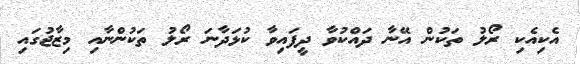
އެކިއެކި ރޯލު ތަކުން އޭނާ ދައްކުވާ ދީފައިވާ ކުޅަދާނަ ރޯލު ތަކުންނާއި މިޒާޖުގައި